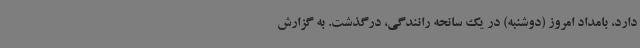
دارد، بامداد امروز (دوشنبه) در یک سانحه رانندگی، درگذشت. به گزارش